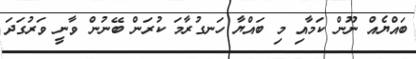
ބައްޔެއް ނޫން ކަމާއި މި ބައްޔާ ހަނގުރާމަ ކުރަން ބޭނުން ވާނީ ވަރުގަދަ